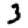
Digit: 3